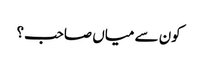
کون سے میاں صاحب؟